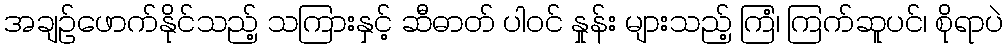
အချဉ်ဖောက်နိုင်သည့် သကြားနှင့် ဆီဓာတ် ပါဝင် နှုန်း များသည့် ကြံ၊ ကြက်ဆူပင်၊ စိုရာပဲ